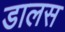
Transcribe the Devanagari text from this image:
डालस